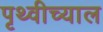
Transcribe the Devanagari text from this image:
पृथ्वीच्याल